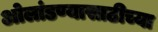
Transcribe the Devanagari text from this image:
ओलांडण्यासाठीच्या